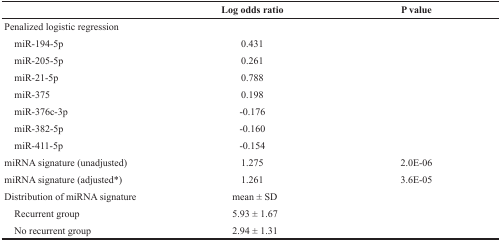
<table><thead><tr><td></td><td><b>Log odds ratio</b></td><td><b>P value</b></td></tr></thead><tbody><tr><td>Penalized logistic regression</td><td></td><td></td></tr><tr><td> miR-194-5p</td><td>0.431</td><td></td></tr><tr><td> miR-205-5p</td><td>0.261</td><td></td></tr><tr><td> miR-21-5p</td><td>0.788</td><td></td></tr><tr><td> miR-375</td><td>0.198</td><td></td></tr><tr><td> miR-376c-3p</td><td>−0.176</td><td></td></tr><tr><td> miR-382-5p</td><td>−0.160</td><td></td></tr><tr><td> miR-411-5p</td><td>−0.154</td><td></td></tr><tr><td>miRNA signature (unadjusted)</td><td>1.275</td><td>2.0E-06</td></tr><tr><td>miRNA signature (adjusted*)</td><td>1.261</td><td>3.6E-05</td></tr><tr><td>Distribution of miRNA signature</td><td>mean ± SD</td><td></td></tr><tr><td> Recurrent group</td><td>5.93 ± 1.67</td><td></td></tr><tr><td> No recurrent group</td><td>2.94 ± 1.31</td><td></td></tr></tbody></table>